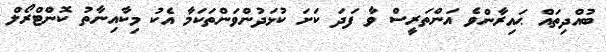
ބުއްދިތައް ޙައިރާންވެ އަންތަރީސް ވާ ފަދަ ކަށަ ކުޅަދުންވަންތަކަމާ އެކު މިކާއިނާތު ކޮންޓްރޯލް